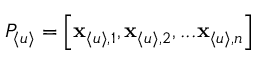
P _ { \langle u \rangle } = \left[ \mathbf { x } _ { \langle u \rangle , 1 } , \mathbf { x } _ { \langle u \rangle , 2 } , . . . \mathbf { x } _ { \langle u \rangle , n } \right]